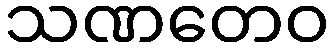
သဏတေဝ